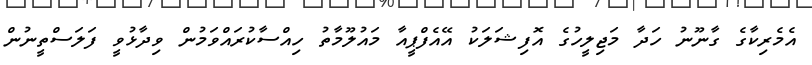
އެމެރިކާގެ ގާނޫނު ހަދާ މަޖިލީހުގެ އޮފިޝަލަކު އޭއެފްޕީއާ މައުލޫމާތު ހިއްސާކުރައްވަމުން ވިދާޅުވީ ފަލަސްތީނުން